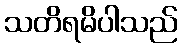
သတိရမိပါသည်